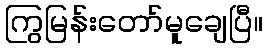
ကြွမြန်းတော်မူချေပြီ။